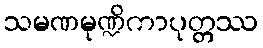
သမဏမုဏ္ဍိကာပုတ္တဿ